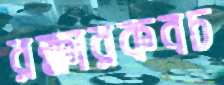
রক্ষারকবচ